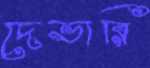
দেভারি